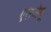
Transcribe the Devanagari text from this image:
एसजेयू